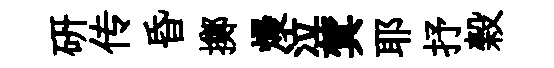
研传昏擲熳泣蓂耶抒榖